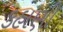
કહાણી